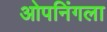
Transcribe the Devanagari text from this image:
ओपनिंगला